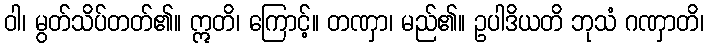
ဝါ၊ မွတ်သိပ်တတ်၏။ ဣတိ၊ ကြောင့်။ တဏှာ၊ မည်၏။ ဥပါဒိယတိ ဘုသံ ဂဏှာတိ၊